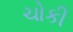
ચોકી